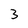
Character: 3